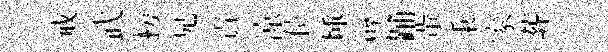
戒武榜兄責涼位埵譬踊軰秉家葬